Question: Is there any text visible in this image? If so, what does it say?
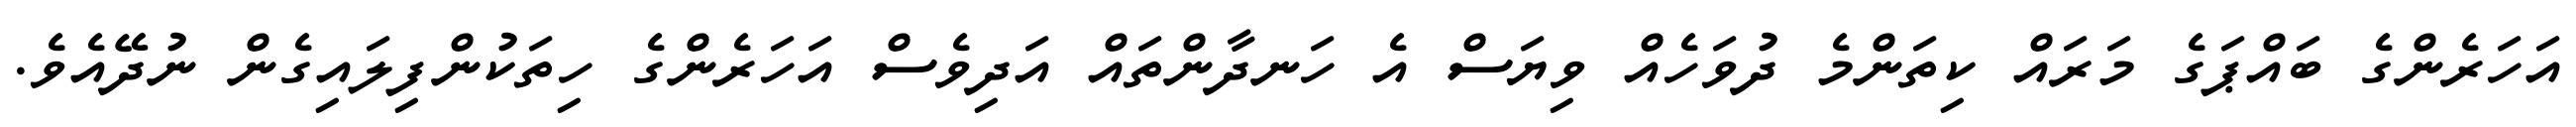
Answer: އަހަރެންގެ ބައްޕަގެ މަރައް ކިތަންމެ ދުވަހެއް ވިޔަސް އެ ހަނދާންތައް އަދިވެސް އަހަރެންގެ ހިތަކުންފިލައިގެން ނުދޭއެވެ.